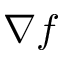
\nabla f